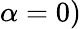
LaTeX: \alpha=0)